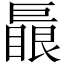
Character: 𱜛